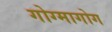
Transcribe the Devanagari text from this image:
गोग्मागोग